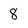
Character: 8